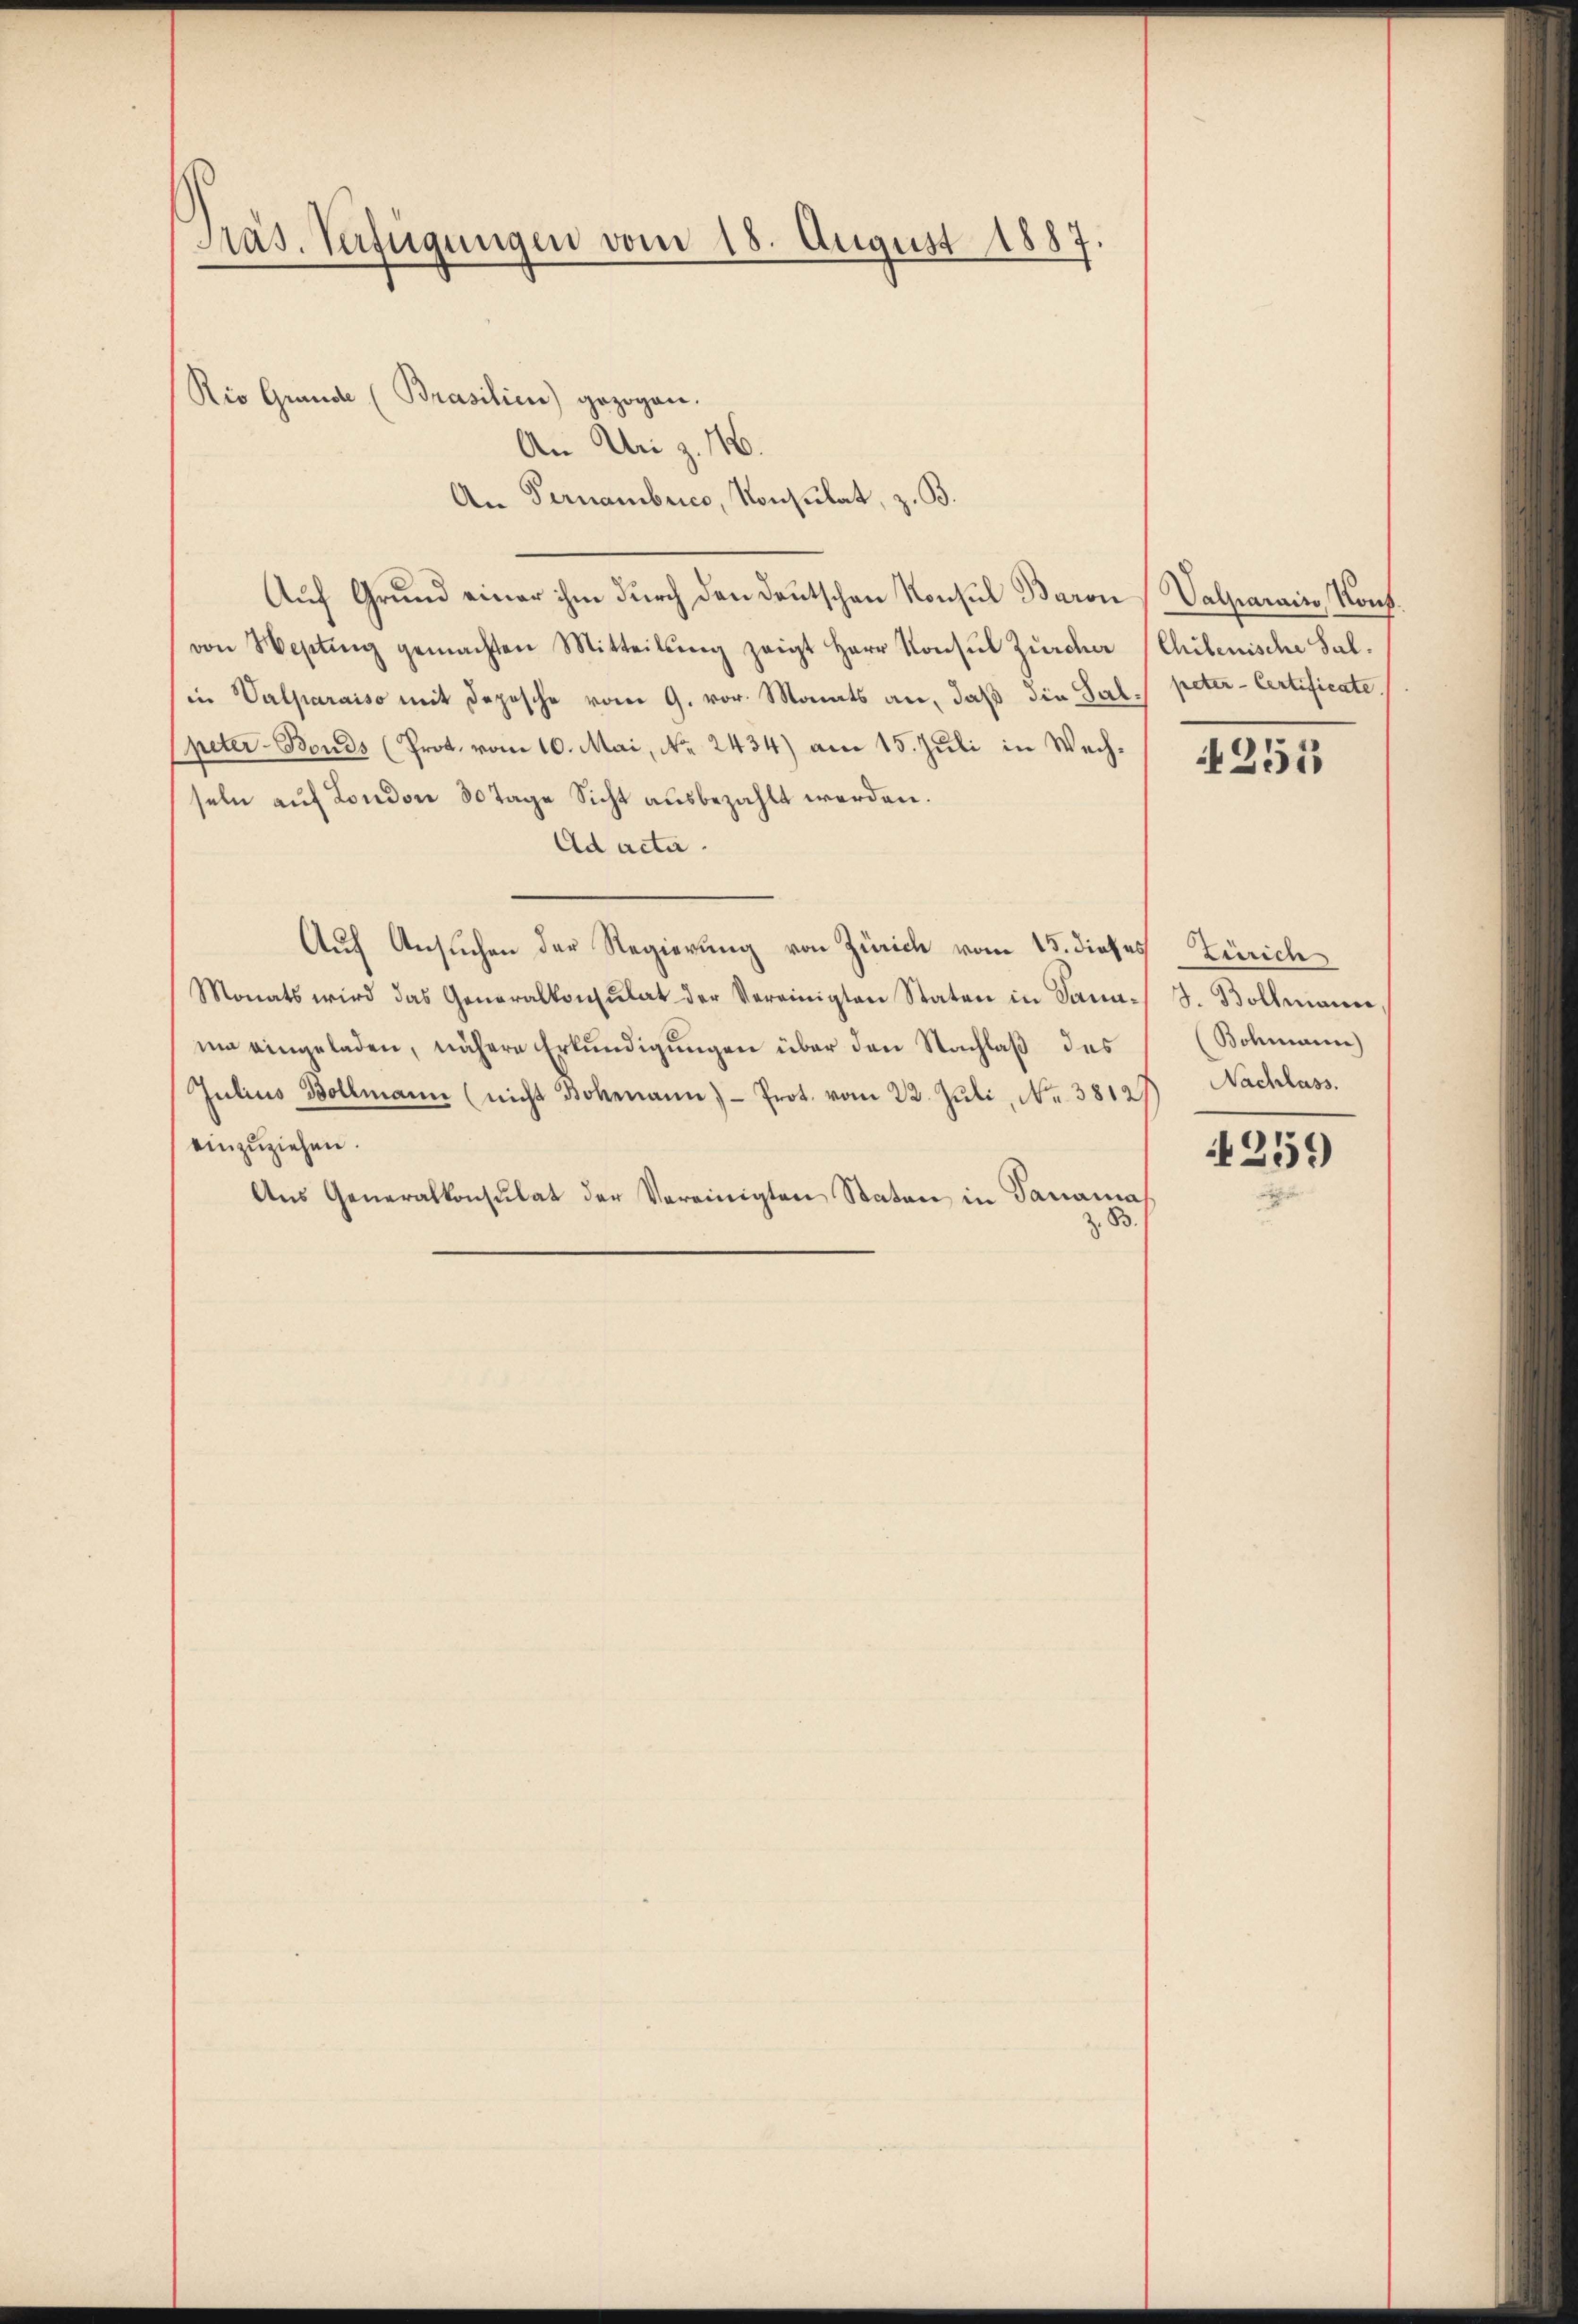
Präs. Verfügungen vom 18. August 1887.

An Uri z. 16.
An Fernembrico, Konsulat, z. B.
Auf Grund einer ihm durch den Deutschen Konsul Baron Valparais, Konf
von Hepting gemachten Mitteilŭng zeigt Herr Konsŭl Zürcher (Chilenische Sal-
in Valparaiso mit Depesche vom 9. vor. Monats an, daß die Salspeter-Bonds (Prot. vom 10. Mai, No. 2434) am 15. Juli in Wechseln auf London 30 Tage Sicht ausbezahlt werden.
Ad acta.
Aŭf Ansŭchen der Regierung von Zürich vom 15. dieses Zürich
Monats wird das Generalkonsulat der Vereinigten Staten in Dann J. Bollmann
mm eingeladen, nähere Erkundigungen über den Nachlaß des
Julius Bollmann (nicht Bohmann)- Prot. vom 22. Jŭli, Nr. 3812) Nachlass.
einzuziehen.
Aus Generalkonsulat der Vereinigten Staten in Panama
z. B.

Rio Grunde (Brasilien) gezogen.

peter Certificate

255

Bohmann)

4259